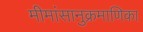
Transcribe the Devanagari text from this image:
मीमांसानुक्रमाणिका